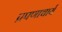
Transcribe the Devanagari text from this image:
प्रपणाचार्य